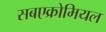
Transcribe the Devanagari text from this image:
सबएक्रोमियल